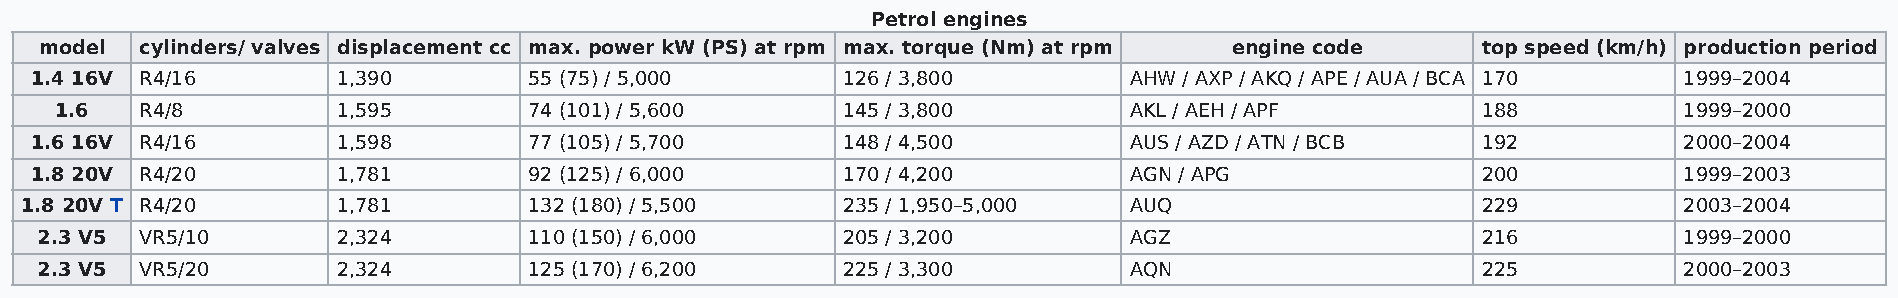
Petrol engines
 model cylinders/ valves displacement cc max. power kW (PS) at rpm max. torque (Nm) at rpm engine code top speed (km/h) production period
 1.4 16V R4/16       1,390        55 (75) / 5,000      126 / 3,800        AHW / AXP / AKQ / APE / AUA / BCA 170 1999–2004
 1.6  R4/8         1,595        74 (101) / 5,600     145 / 3,800        AKL / AEH / APF        188          1999–2000
 1.6 16V R4/16       1,598        77 (105) / 5,700     148 / 4,500        AUS / AZD / ATN / BCB  192          2000–2004
 1.8 20V R4/20       1,781        92 (125) / 6,000     170 / 4,200        AGN / APG              200          1999–2003
 1.8 20V T R4/20      1,781        132 (180) / 5,500    235 / 1,950–5,000  AUQ                    229          2003–2004
 2.3 V5 VR5/10       2,324        110 (150) / 6,000    205 / 3,200        AGZ                    216          1999–2000
 2.3 V5 VR5/20       2,324        125 (170) / 6,200    225 / 3,300        AQN                    225          2000–2003